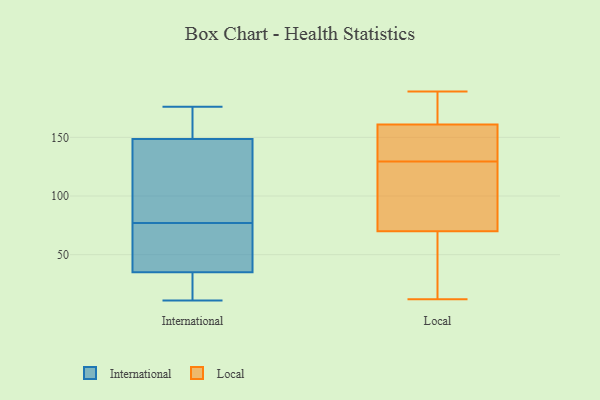
{"axis": {"x": "Waste Production (Tons)", "y": "Value"}, "legend": ["International", "Local"], "data": [{"x": "", "y": 55, "type": "International"}, {"x": "", "y": 85, "type": "International"}, {"x": "", "y": 165, "type": "International"}, {"x": "", "y": 147, "type": "International"}, {"x": "", "y": 21, "type": "International"}, {"x": "", "y": 68, "type": "International"}, {"x": "", "y": 54, "type": "International"}, {"x": "", "y": 95, "type": "International"}, {"x": "", "y": 78, "type": "International"}, {"x": "", "y": 30, "type": "International"}, {"x": "", "y": 176, "type": "International"}, {"x": "", "y": 172, "type": "International"}, {"x": "", "y": 171, "type": "International"}, {"x": "", "y": 149, "type": "International"}, {"x": "", "y": 76, "type": "International"}, {"x": "", "y": 148, "type": "International"}, {"x": "", "y": 11, "type": "International"}, {"x": "", "y": 37, "type": "International"}, {"x": "", "y": 33, "type": "International"}, {"x": "", "y": 17, "type": "International"}, {"x": "", "y": 157, "type": "Local"}, {"x": "", "y": 70, "type": "Local"}, {"x": "", "y": 139, "type": "Local"}, {"x": "", "y": 161, "type": "Local"}, {"x": "", "y": 91, "type": "Local"}, {"x": "", "y": 50, "type": "Local"}, {"x": "", "y": 102, "type": "Local"}, {"x": "", "y": 12, "type": "Local"}, {"x": "", "y": 188, "type": "Local"}, {"x": "", "y": 50, "type": "Local"}, {"x": "", "y": 189, "type": "Local"}, {"x": "", "y": 167, "type": "Local"}, {"x": "", "y": 120, "type": "Local"}, {"x": "", "y": 151, "type": "Local"}]}